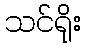
သင်ရိုး